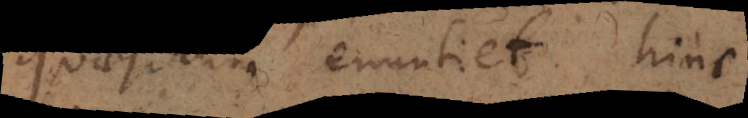
quaesiturus enuntiet, hinc